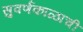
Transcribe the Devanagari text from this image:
सुवर्णकाळाची